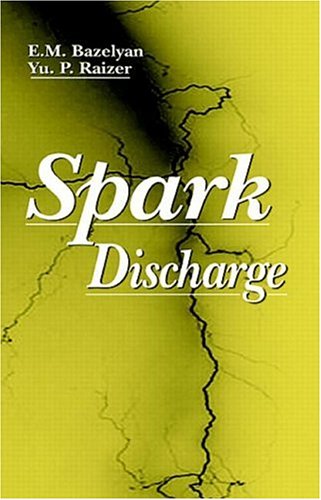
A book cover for Spark Discharge; Eduard M. Bazelyan; Science & Math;